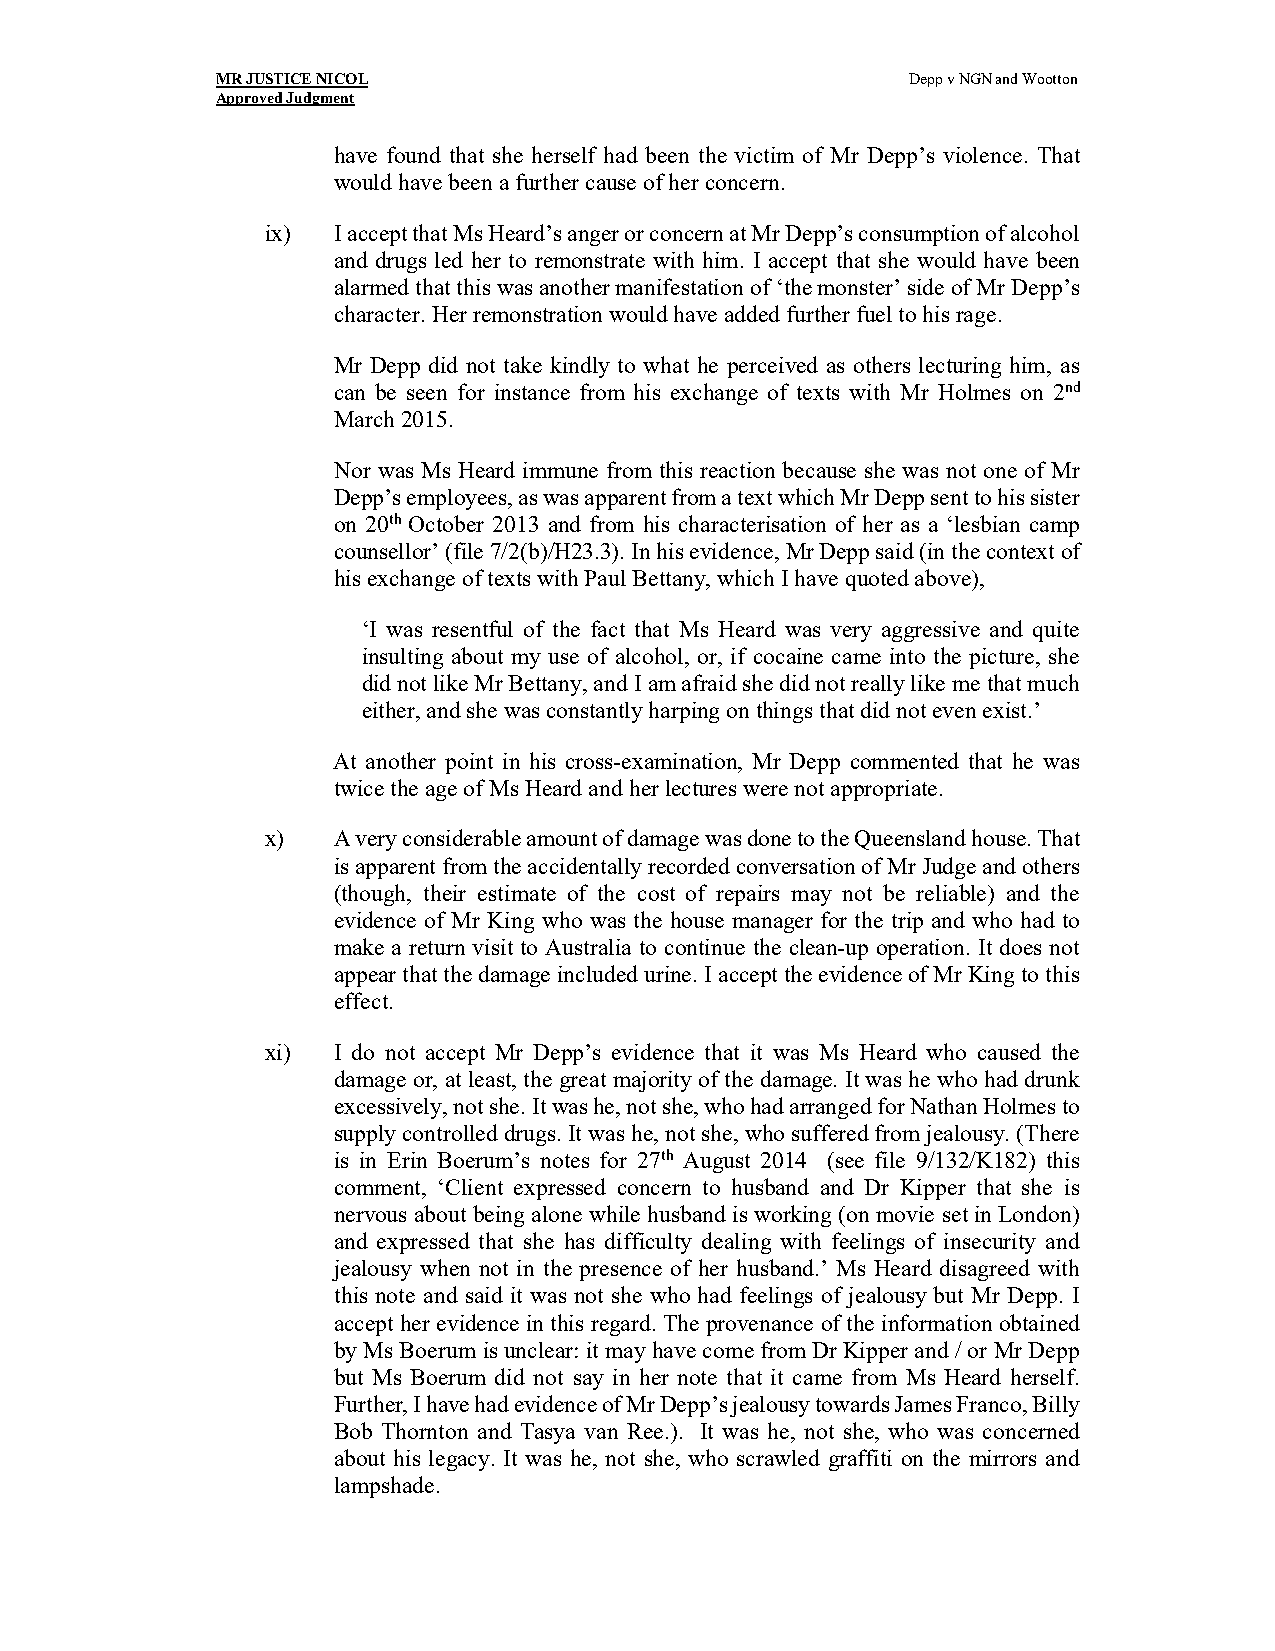
MR JUSTICE NICOL                              Depp v NGN and Wootton
 Approved Judgment
 have found that she herself had been the victim of Mr Depp’s violence. That
 would have been a further cause of her concern.
 ix) I accept that Ms Heard’s anger or concern at Mr Depp’s consumption of alcohol
 and drugs led her to remonstrate with him. I accept that she would have been
 alarmed that this was another manifestation of ‘the monster’ side of Mr Depp’s
 character. Her remonstration would have added further fuel to his rage.
 Mr Depp did not take kindly to what he perceived as others lecturing him, as
 can be seen for instance from his exchange of texts with Mr Holmes on 2nd
 March 2015.
 Nor was Ms Heard immune from this reaction because she was not one of Mr
 Depp’s employees, as was apparent from a text which Mr Depp sent to his sister
 on 20th October 2013 and from his characterisation of her as a ‘lesbian camp
 counsellor’ (file 7/2(b)/H23.3). In his evidence, Mr Depp said (in the context of
 his exchange of texts with Paul Bettany, which I have quoted above),
 ‘I was resentful of the fact that Ms Heard was very aggressive and quite
 insulting about my use of alcohol, or, if cocaine came into the picture, she
 did not like Mr Bettany, and I am afraid she did not really like me that much
 either, and she was constantly harping on things that did not even exist.’
 At another point in his cross-examination, Mr Depp commented that he was
 twice the age of Ms Heard and her lectures were not appropriate.
 x)  A very considerable amount of damage was done to the Queensland house. That
 is apparent from the accidentally recorded conversation of Mr Judge and others
 (though, their estimate of the cost of repairs may not be reliable) and the
 evidence of Mr King who was the house manager for the trip and who had to
 make a return visit to Australia to continue the clean-up operation. It does not
 appear that the damage included urine. I accept the evidence of Mr King to this
 effect.
 xi) I do not accept Mr Depp’s evidence that it was Ms Heard who caused the
 damage or, at least, the great majority of the damage. It was he who had drunk
 excessively, not she. It was he, not she, who had arranged for Nathan Holmes to
 supply controlled drugs. It was he, not she, who suffered from jealousy. (There
 is in Erin Boerum’s notes for 27th August 2014 (see file 9/132/K182) this
 comment, ‘Client expressed concern to husband and Dr Kipper that she is
 nervous about being alone while husband is working (on movie set in London)
 and expressed that she has difficulty dealing with feelings of insecurity and
 jealousy when not in the presence of her husband.’ Ms Heard disagreed with
 this note and said it was not she who had feelings of jealousy but Mr Depp. I
 accept her evidence in this regard. The provenance of the information obtained
 by Ms Boerum is unclear: it may have come from Dr Kipper and / or Mr Depp
 but Ms Boerum did not say in her note that it came from Ms Heard herself.
 Further, I have had evidence of Mr Depp’s jealousy towards James Franco, Billy
 Bob Thornton and Tasya van Ree.). It was he, not she, who was concerned
 about his legacy. It was he, not she, who scrawled graffiti on the mirrors and
 lampshade.